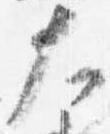
大